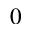
_ 0